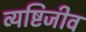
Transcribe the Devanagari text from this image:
व्यष्टिजीव